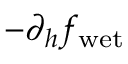
- \partial _ { h } f _ { \mathrm { w e t } }